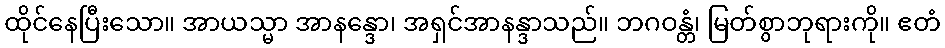
ထိုင်နေပြီးသော။ အာယသ္မာ အာနန္ဒော၊ အရှင်အာနန္ဒာသည်။ ဘဂဝန္တံ၊ မြတ်စွာဘုရားကို။ ဧတံ